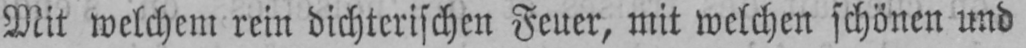
Mit welchem rein dichterischen Feuer, mit welchen schönen und